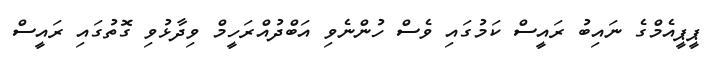
ޕީޕީއެމްގެ ނައިބު ރައީސް ކަމުގައި ވެސް ހުންނެވި އަބްދުއްރަހީމް ވިދާޅުވި ގޮތުގައި ރައީސް